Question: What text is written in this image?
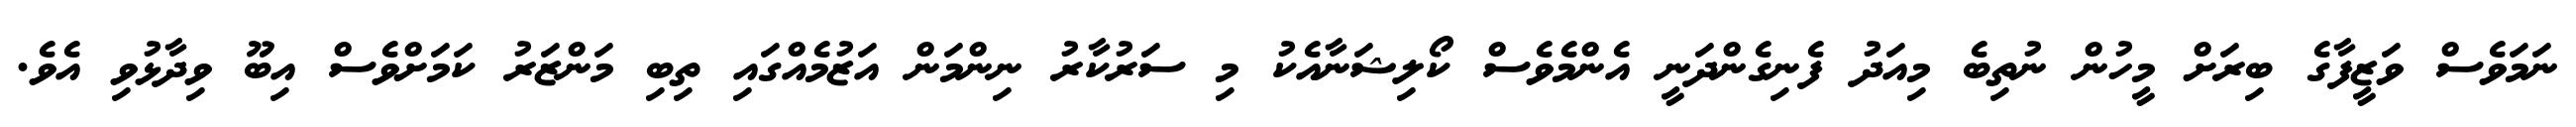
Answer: ނަމަވެސް ވަޒީފާގެ ބިރަށް މީހުން ނުތިބެ މިއަދު ފެނިގެންދަނީ އެންމެވެސް ކޯލިޝަނާއެކު މި ސަރުކާރު ނިންމަން އަޒުމެއްގައި ތިބި މަންޒަރު ކަމަށްވެސް އިބޫ ވިދާޅުވި އެވެ.